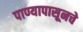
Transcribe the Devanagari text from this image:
पाण्यापासूनचे